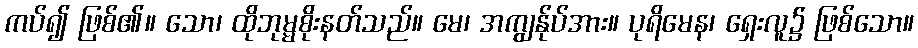
ကပ်၍ ဖြစ်၏။ သော၊ ထိုဘုမ္မစိုးနတ်သည်။ မေ၊ အကျွန်ုပ်အား။ ပုရိမေန၊ ရှေးလူ၌ ဖြစ်သော။